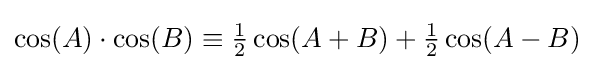
\cos(A)\cdot \cos(B)\equiv {\tfrac {1}{2}}\cos(A+B)+{\tfrac {1}{2}}\cos(A-B)